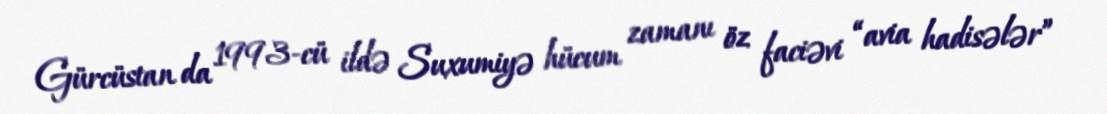
Gürcüstan da 1993-cü ildə Suxumiyə hücum zamanı öz faciəvi “avia hadisələr”